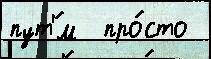
пут'́м  про́сто